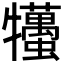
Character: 𤜒